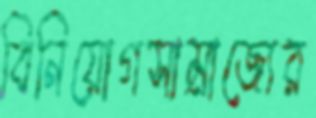
বিনিয়োগসাম্রাজ্যের